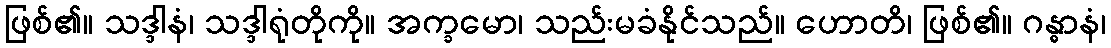
ဖြစ်၏။ သဒ္ဒါနံ၊ သဒ္ဒါရုံတိုကို။ အက္ခမော၊ သည်းမခံနိုင်သည်။ ဟောတိ၊ ဖြစ်၏။ ဂန္ဓာနံ၊